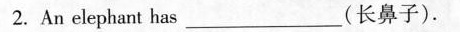
2.An elephant has ___ (长鼻子).